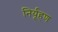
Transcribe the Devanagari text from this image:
निर्यूहण